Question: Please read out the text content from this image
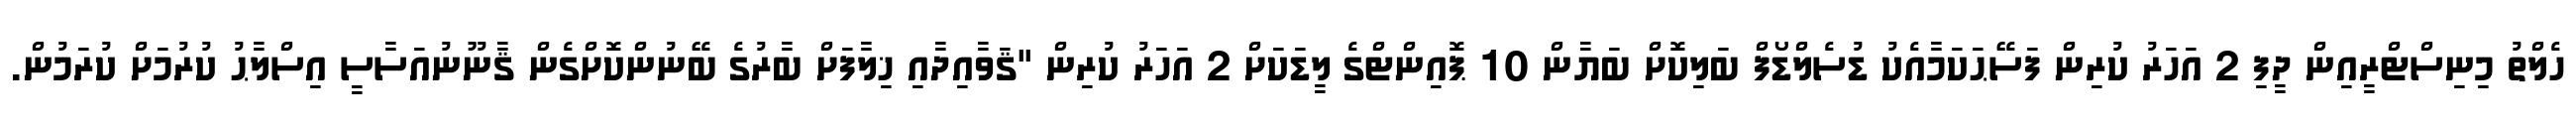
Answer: ހެލްތު މިނިސްޓްރީއިން ދީފި 2 އަހަރު ކުރިން ފަސޭޙަކަމާއެކު ޑުސެލްޑޯފް ބަލިކޮށް ބަޔާން 10 ޕޮއިންޓްގެ ލީޑަކަށް 2 އަހަރު ކުރިން "ޤަވާއިދާއި ޚިލާފަށް ބާރުގެ ބޭނުންކޮށްގެން ޤާނޫނުއަސާސީ އިސްލާޙު ކުރުމަށް ކުރަމުން.